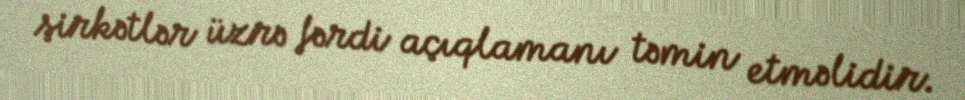
şirkətlər üzrə fərdi açıqlamanı təmin etməlidir.